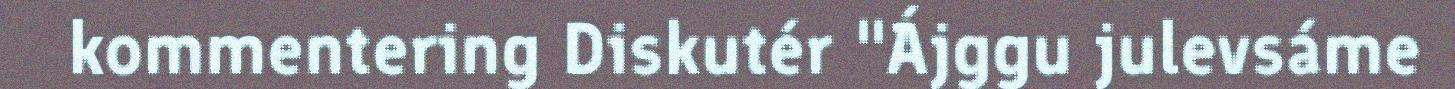
kommentering Diskutér "Ájggu julevsáme